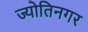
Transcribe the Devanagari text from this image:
ज्योतिनगर